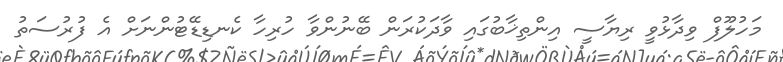
މަހުލޫފް ވިދާޅުވީ ރިޔާސީ އިންތިޚާބުގައި ވާދަކުރަން ބޭނުންވާ ހުރިހާ ކެނޑިޑޭޓުންނަށް އެ ފުރުސަތު